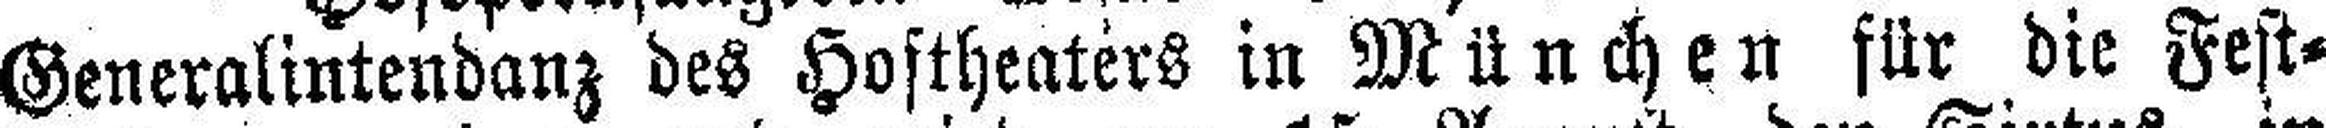
Generalintendanz des Hoftheaters in München für die Fest¬